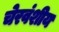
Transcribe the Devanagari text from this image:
चेरवंशीय